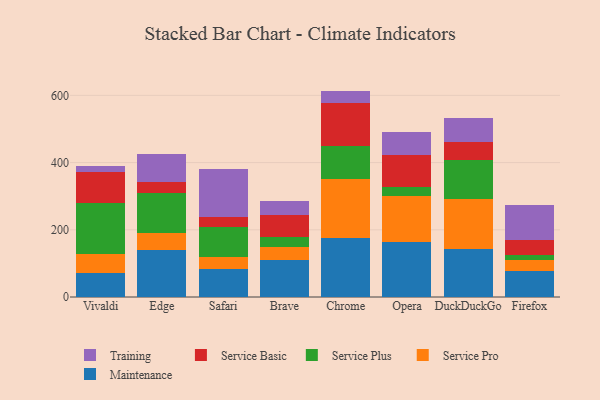
{"axis": {"x": "Browser", "y": "Temperature (°C)"}, "legend": ["Maintenance", "Service Basic", "Service Plus", "Service Pro", "Training"], "data": [{"x": "Vivaldi", "y": 71.0, "type": "Maintenance"}, {"x": "Vivaldi", "y": 57.8, "type": "Service Pro"}, {"x": "Vivaldi", "y": 151.1, "type": "Service Plus"}, {"x": "Vivaldi", "y": 93.1, "type": "Service Basic"}, {"x": "Vivaldi", "y": 17.9, "type": "Training"}, {"x": "Edge", "y": 138.6, "type": "Maintenance"}, {"x": "Edge", "y": 51.8, "type": "Service Pro"}, {"x": "Edge", "y": 119.3, "type": "Service Plus"}, {"x": "Edge", "y": 32.4, "type": "Service Basic"}, {"x": "Edge", "y": 82.9, "type": "Training"}, {"x": "Safari", "y": 84.1, "type": "Maintenance"}, {"x": "Safari", "y": 34.9, "type": "Service Pro"}, {"x": "Safari", "y": 90.4, "type": "Service Plus"}, {"x": "Safari", "y": 29.8, "type": "Service Basic"}, {"x": "Safari", "y": 141.1, "type": "Training"}, {"x": "Brave", "y": 111.2, "type": "Maintenance"}, {"x": "Brave", "y": 36.6, "type": "Service Pro"}, {"x": "Brave", "y": 29.4, "type": "Service Plus"}, {"x": "Brave", "y": 68.0, "type": "Service Basic"}, {"x": "Brave", "y": 41.1, "type": "Training"}, {"x": "Chrome", "y": 177.0, "type": "Maintenance"}, {"x": "Chrome", "y": 175.2, "type": "Service Pro"}, {"x": "Chrome", "y": 97.5, "type": "Service Plus"}, {"x": "Chrome", "y": 128.7, "type": "Service Basic"}, {"x": "Chrome", "y": 35.1, "type": "Training"}, {"x": "Opera", "y": 162.3, "type": "Maintenance"}, {"x": "Opera", "y": 137.8, "type": "Service Pro"}, {"x": "Opera", "y": 27.7, "type": "Service Plus"}, {"x": "Opera", "y": 93.4, "type": "Service Basic"}, {"x": "Opera", "y": 70.8, "type": "Training"}, {"x": "DuckDuckGo", "y": 142.7, "type": "Maintenance"}, {"x": "DuckDuckGo", "y": 147.7, "type": "Service Pro"}, {"x": "DuckDuckGo", "y": 116.3, "type": "Service Plus"}, {"x": "DuckDuckGo", "y": 55.2, "type": "Service Basic"}, {"x": "DuckDuckGo", "y": 70.7, "type": "Training"}, {"x": "Firefox", "y": 77.6, "type": "Maintenance"}, {"x": "Firefox", "y": 31.9, "type": "Service Pro"}, {"x": "Firefox", "y": 16.9, "type": "Service Plus"}, {"x": "Firefox", "y": 44.3, "type": "Service Basic"}, {"x": "Firefox", "y": 102.1, "type": "Training"}]}